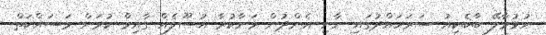
ހުޅުމާލޭ ބާބެކިއު ސަރަހައްދުގައި ނާށި އެންދުން މަނާކުރާ އުސޫލެއް ގާއިމް ކުރަން މަސައްކަތް